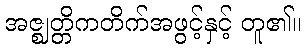
အဇ္ဈတ္တိကတိက်အဖွင့်နှင့် တူ၏။